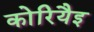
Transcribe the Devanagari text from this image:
कोरियैइ